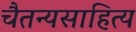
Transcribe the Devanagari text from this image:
चैतन्यसाहित्य